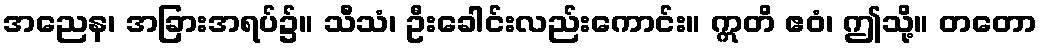
အညေန၊ အခြားအရပ်၌။ သီသံ၊ ဦးခေါင်းလည်းကောင်း။ ဣတိ ဧဝံ၊ ဤသို့။ တတော